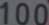
100